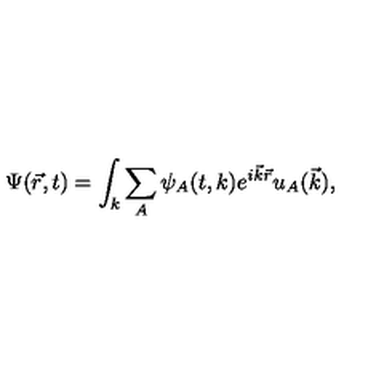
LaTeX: \Psi ( \vec { r } , t ) = \int _ { k } \sum _ { A } \psi _ { A } ( t , k ) e ^ { i { \vec { k } } { \vec { r } } } u _ { A } ( \vec { k } ) ,